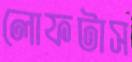
লোফটাস